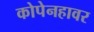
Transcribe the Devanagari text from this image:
कोपेनहावर